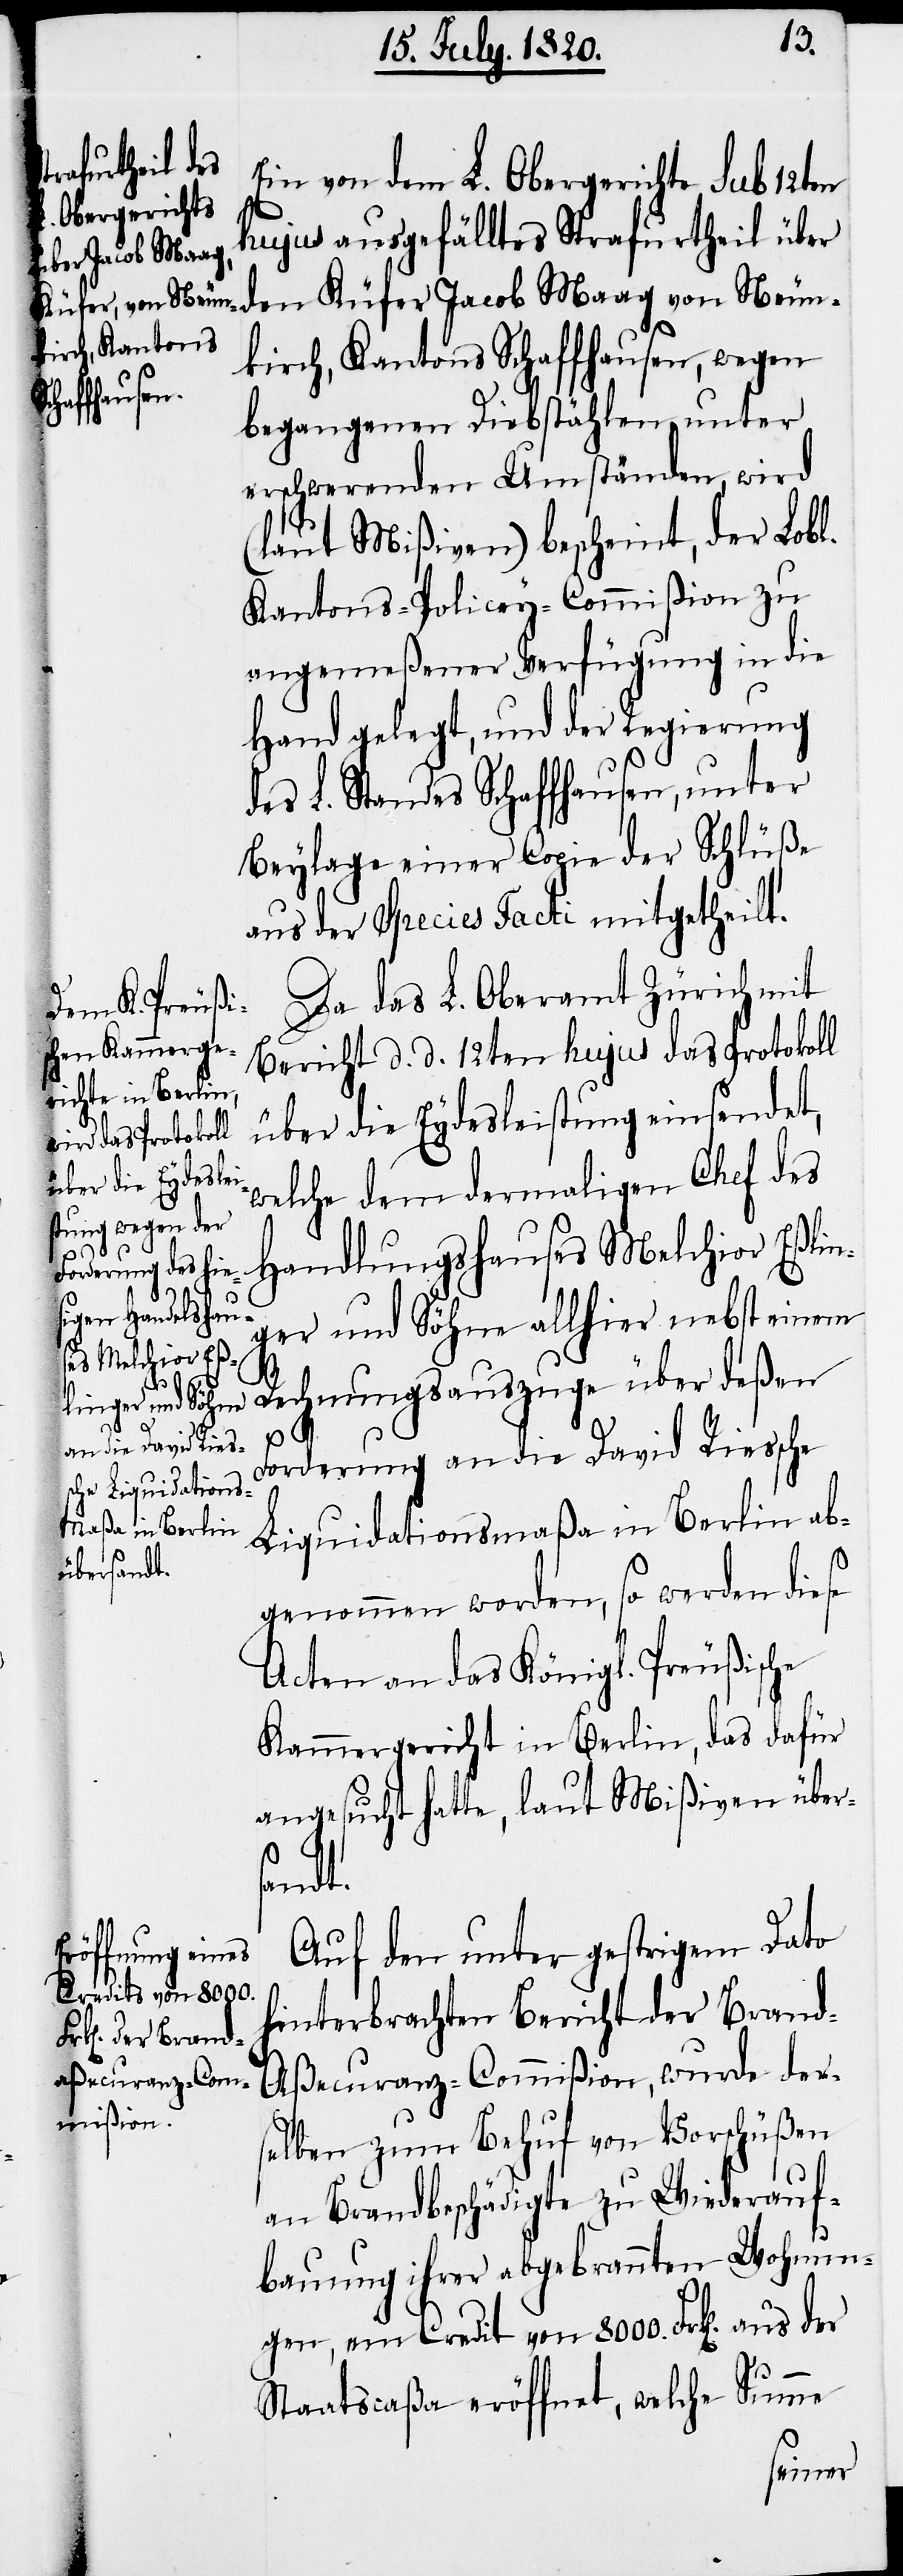
ungen, ein
Credit von 8000.

Ein von dem L. Obergericht sub 12ten
hujus ausgefälltes Strafurtheil über
den Küfer Jacob Maag von Neun¬
kirch, Kantons Schaffhausen, wegen
begangenen Diebstählen unter
erschwerenden Umständen, wird
(laut Mißiven) bescheint, der Lobl.
Kantons-Policey-Commißion zu
angemeßener Verfügung in die
Hand gelegt, und der Regierung
des L. Standes Schaffhausen, unter
Beylage einer Copie der Schlüße
aus der Species Facti mitgetheilt.
Da das L. Oberamt Zürich mit
Bericht d. d. 12ten hujus das Protokoll
über die Eydesleistung einsendet,
welche dem dermaligen Chef des
Handlungshauses Melchior Eßlin¬
ger und Söhne allhier nebst einem
Rechnungsauszuge über deßen
t.
Forderung an die David Riesche
Liquidationsmaßa in Berlin ab¬
genommen worden, so werden diese
Acten an das Königl. Preußische
Kammergericht in Berlin, das dafür
angesucht hatte, laut Mißiven über¬
sende¬
Auf den unter gestrigem Dato
hinterbrachten Bericht der Bran¬
d-Aßecuranz-Commißion, wurde der¬
selben zum Behuf von Vorschüßen
an Brandbeschädigte zu Wiederauf¬
bauung ihrer abgebrannten Wohn¬
Staatscaßa eröffnet, welche Summe